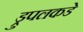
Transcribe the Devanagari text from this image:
ड्रुपलकडे